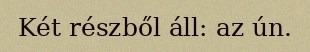
Két részből áll: az ún.